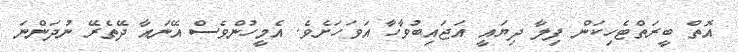
އޮތް ބީރަތްޓެހިކަން ފިލާ ދިޔައީ އަޖައިބުވާހާ އަވަހަށެވެ. އެމީހުންވެސް އޭނައާ ދޭތެރޭ ނުދަންނަ